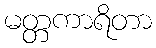
မတ္တကာရိတာ